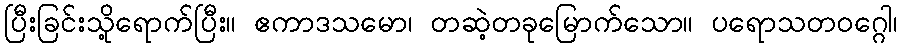
ပြီးခြင်းသို့ရောက်ပြီး။ ဧကာဒသမော၊ တဆဲ့တခုမြောက်သော။ ပရောသတဝဂ္ဂေါ၊